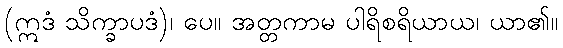
(ဣဒံ သိက္ခာပဒံ)၊ ပေ။ အတ္တကာမ ပါရိစရိယာယ၊ ယာ၏။